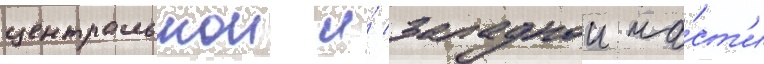
центральнои и́ западнои ча́ст'и